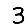
Digit: 3